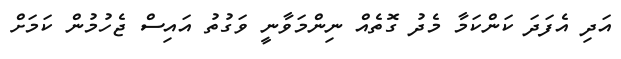
އަދި އެފަދަ ކަންކަމާ މެދު ގޮތެއް ނިންމަވާނީ ވަގުތު އައިސް ޖެހުމުން ކަމަށް